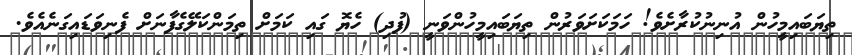
ތިޔަބައިމީހުން އުނިނުކުރާށެވެ! ހަމަކަށަވަރުން ތިޔަބައިމީހުންވަނީ (ފުދި) ހެޔޮ ގައި ކަމަށް ތިމަންކަލޭގެފާނަށް ފެނިވަޑައިގަނެއެވެ.